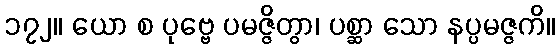
၁၇၂။ ယော စ ပုဗ္ဗေ ပမဇ္ဇိတွာ၊ ပစ္ဆာ သော နပ္ပမဇ္ဇကိ။